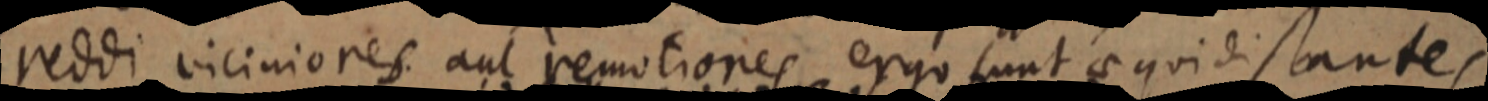
reddi viciniores aut remotiones ergo sunt aequidistantes